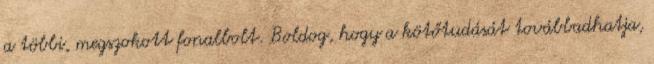
a többi, megszokott fonalbolt. Boldog, hogy a kötőtudását továbbadhatja,